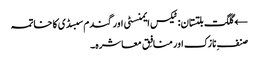
← گلگت بلتستان: ٹیکس ایمنسٹی اور گندم سبسڈی کا خاتمہ
صنفِ نازک اور منافِق معاشرہ۔